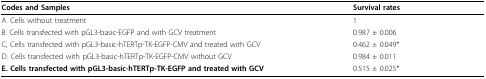
| Codes and Samples | Survival rates |
 | --- | --- |
 | A. Cells without treatment | 1 |
 | B. Cells transfected with pGL3-basic-EGFP and with GCV treatment | 0.987 ± 0.006 |
 | C, Cells transfected with pGL3-basic-hTERTp-TK-EGFP-CMV and treated with GCV | 0.462 ± 0.049* |
 | D. Cells transfected with pGL3-basic-hTERTp-TK-EGFP-CMV without GCV | 0.984 ± 0.011 |
 | E. Cells transfected with pGL3-basic-hTERTp-TK-EGFP and treated with GCV | 0.515 ± 0.025* |